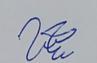
Signature authenticity: genuine